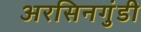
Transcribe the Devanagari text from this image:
अरसिनगुंडी